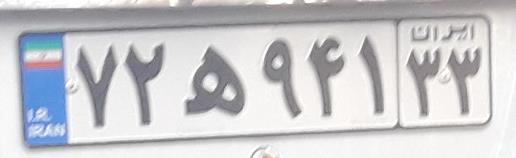
۷۲ه۹۴۱۳۳